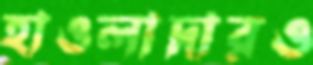
হাওলাদারও